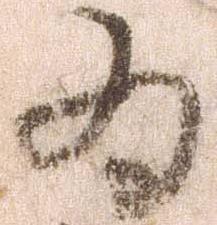
為